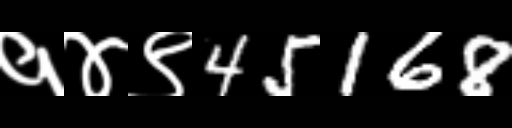
Text: १४९45168